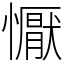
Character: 懨